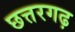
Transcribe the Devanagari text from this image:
छत्तरगढ़